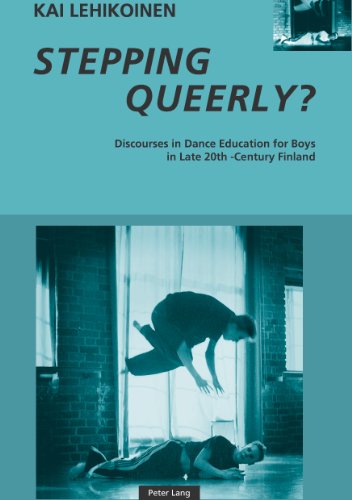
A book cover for Stepping Queerly?: Discourses in Dance Education for Boys in Late 20th-Century Finland; Kai Lehikoinen; Literature & Fiction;